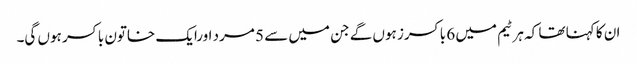
ان کا کہنا تھا کہ ہر ٹیم میں 6 باکسرز ہوں گے جن میں سے 5 مرد اورایک خاتون باکسر ہوں گی۔